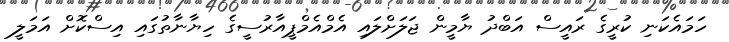
ހަމައެކަނި ކުރީގެ ރައީސް އަބްދު ޔާމީން ޖަލަށްލައި އެމްއެމްޕީއާރުސީގެ ހިޔާނާތުގައި އިސްކޮށް އަމަލީ